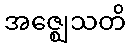
အဇ္ဈေသတိ